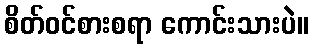
စိတ်ဝင်စားစရာ ကောင်းသားပဲ။